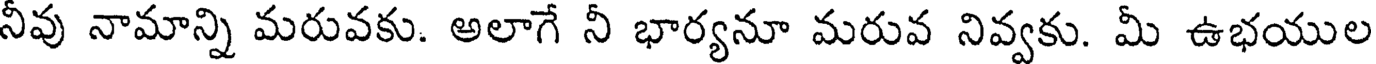
నీవు నామాన్ని మరువకు. అలాగే నీ భార్యనూ మరువ నివ్వకు. మీ ఉభయుల